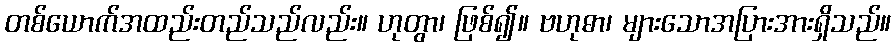
တစ်ယောက်အထည်းတည်သည်လည်း။ ဟုတွာ၊ ဖြစ်၍။ ဗဟုဓာ၊ များသောအပြားအားရှိသည်။